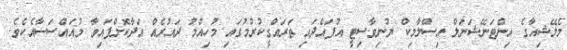
މެލޭޝިއާގެ އިންޓަނޭޝަނަލް އިސްލާމިކް ޔުނިވާސިޓީ އުފައްދައި ތަރައްގީކުރުމުގައި މުހިއްމު ދައުރެއް އަދާކޮށްފައިވާ މުއައްސަސާއެކެވެ.